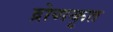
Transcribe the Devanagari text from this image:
द्रोणकृत